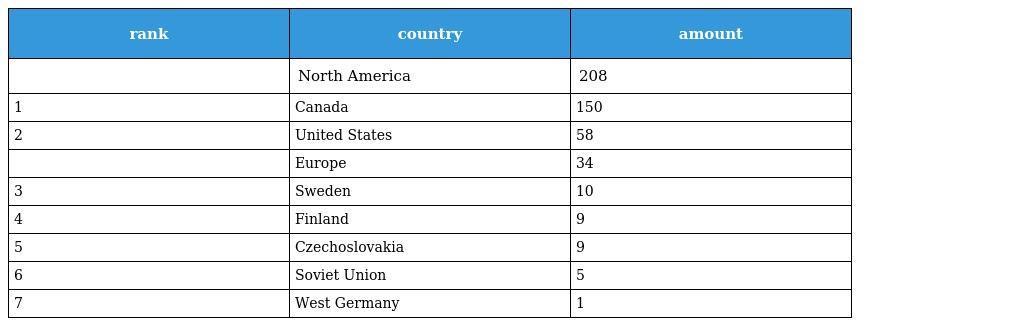
| rank | country | amount |
 | --- | --- | --- |
 |  | North America | 208 |
 | 1 | Canada | 150 |
 | 2 | United States | 58 |
 |  | Europe | 34 |
 | 3 | Sweden | 10 |
 | 4 | Finland | 9 |
 | 5 | Czechoslovakia | 9 |
 | 6 | Soviet Union | 5 |
 | 7 | West Germany | 1 |